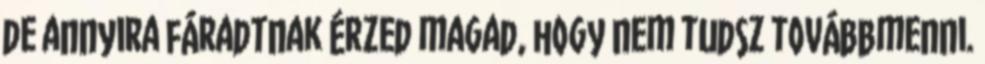
de annyira fáradtnak érzed magad, hogy nem tudsz továbbmenni.